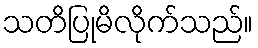
သတိပြုမိလိုက်သည်။